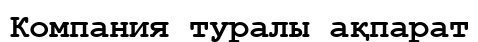
Компания туралы ақпарат